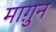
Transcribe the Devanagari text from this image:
माग़ुन